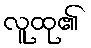
လူထု၏